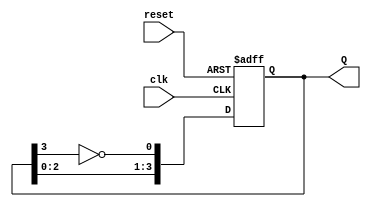
module JohnsonCounter (
    input wire clk,      // Clock input
    input wire reset,    // Asynchronous reset
    output reg [3:0] Q   // 4-bit output representing the state
);

    // Always block triggered on the rising edge of the clock or the asynchronous reset
    always @(posedge clk or posedge reset) begin
        if (reset) begin
            Q <= 4'b0000; // Reset the counter to 0000
        end else begin
            // Johnson counter state transition logic
            Q[0] <= ~Q[3];  // D0 takes the inverted value of Q3
            Q[1] <= Q[0];   // D1 takes the value of Q0
            Q[2] <= Q[1];   // D2 takes the value of Q1
            Q[3] <= Q[2];   // D3 takes the value of Q2
        end
    end

endmodule